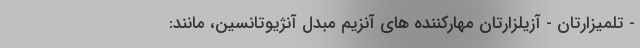
- تلمیزارتان - آزیلزارتان مهارکننده های آنزیم مبدل آنژیوتانسین، مانند: